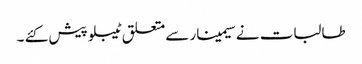
طالبات نے سیمینار سے متعلق ٹیبلو پیش کئے ۔